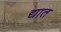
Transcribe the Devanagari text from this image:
द्यात